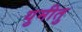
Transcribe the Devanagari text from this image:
युमीतु